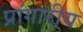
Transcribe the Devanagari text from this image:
प्रांगारीय